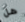
هل